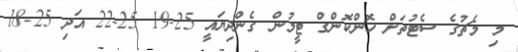
މި މެޗުގެ ސެޓުތަށް ހޮންކޮންގް ޓީމުން ގެންދިޔައީ 25-19 25-22 އަދި 25-18